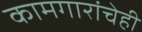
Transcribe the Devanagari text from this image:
कामगारांचेही